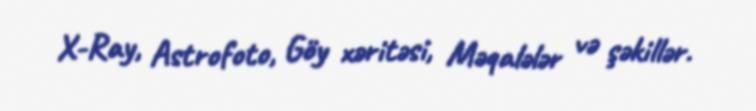
X-Ray, Astrofoto, Göy xəritəsi, Məqalələr və şəkillər.